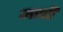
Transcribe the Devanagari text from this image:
जररी